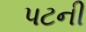
પટની